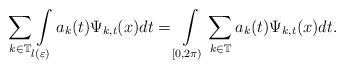
LaTeX: \begin{align*}\sum_{k\in\mathbb{T}}\int\limits_{l(\varepsilon)}a_{k}(t)\Psi_{k,t}(x)dt=\int\limits_{[0,2\pi)}\sum_{k\in\mathbb{T}}a_{k}(t)\Psi_{k,t}(x)dt.\end{align*}